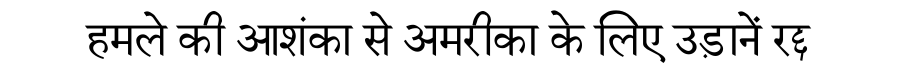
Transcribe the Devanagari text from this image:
हमले की आशंका से अमरीका के लिए उड़ानें रद्द